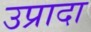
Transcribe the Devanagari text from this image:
उप्रादा